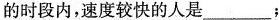
的时段内，速度较快的人是___；